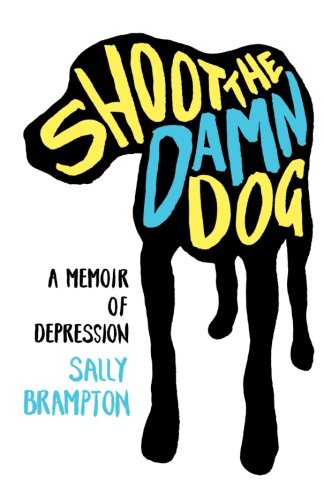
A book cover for Shoot the Damn Dog: A Memoir of Depression; Sally Brampton; Health, Fitness & Dieting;